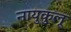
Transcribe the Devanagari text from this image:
नायुकुलू